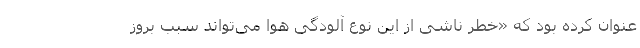
عنوان کرده بود که «خطر ناشی از این نوع آلودگی هوا می‌تواند سبب بروز